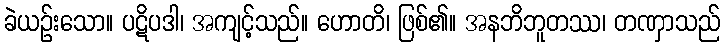
ခဲယဉ်းသော။ ပဋိပဒါ၊ အကျင့်သည်။ ဟောတိ၊ ဖြစ်၏။ အနဘိဘူတဿ၊ တဏှာသည်